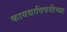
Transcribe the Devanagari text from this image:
कायद्याविषयीच्या